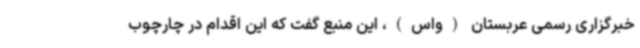
خبرگزاری رسمی عربستان (واس)،‌ این منبع گفت که این اقدام در چارچوب